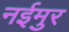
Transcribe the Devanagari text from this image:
नईमुर